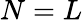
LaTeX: N=L